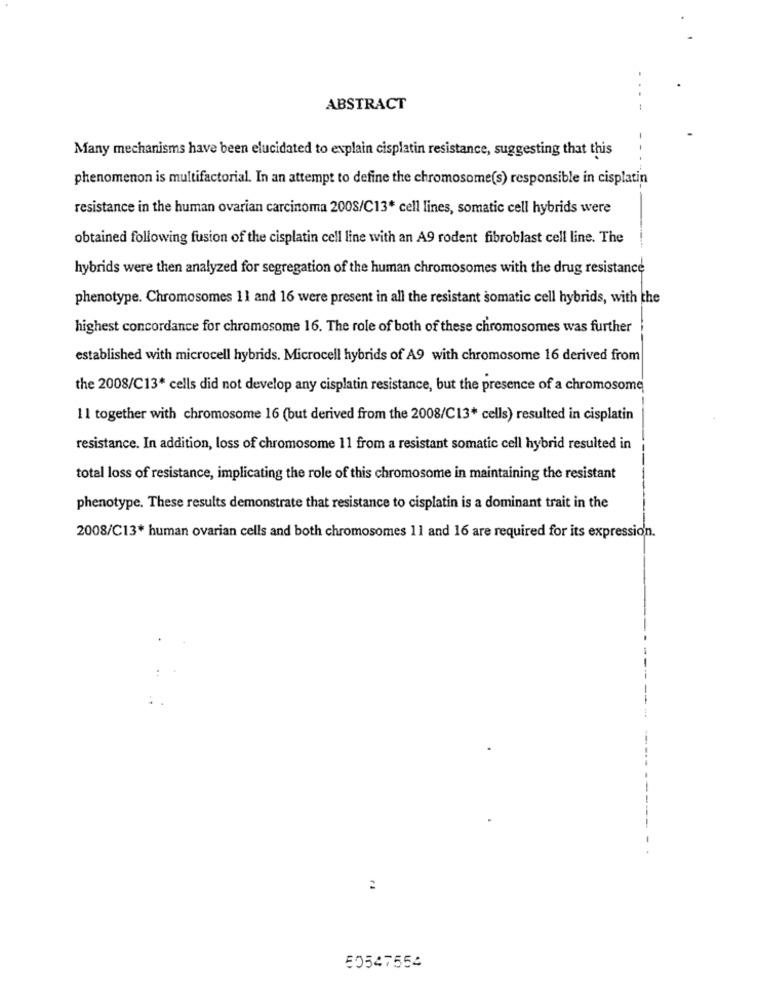
ABSTRACT
Many mechanisms have been elucidated to explain cisplatin resistance, suggesting that this
phenomenon is multifactorial. In an attempt to define the chromosome(s) responsible in cisplatin
resistance in the human ovarian carcinoma 2008/C13* cell lines, somatic cell hybrids were
obtained following fusion of the cisplatin cell line with an A9 rodent fibroblast cell line. The
hybrids were then analyzed for segregation of the human chromosomes with the drug resistance
phenotype. Chromosomes 11 and 16 were present in all the resistant somatic cell hybrids, with the
highest concordance for chromosome 16. The role of both of these chromosomes was further
established with microcell hybrids. Microcell hybrids of A9 with chromosome 16 derived from
the 2008/C13* cells did not develop any cisplatin resistance, but the presence of a chromosome
11 together with chromosome 16 (but derived from the 2008/C13* cells) resulted in cisplatin
resistance. In addition, loss of chromosome 11 from a resistant somatic cell hybrid resulted in
total loss of resistance, implicating the role of this chromosome in maintaining the resistant
phenotype. These results demonstrate that resistance to cisplatin is a dominant trait in the
2008/C13* human ovarian cells and both chromosomes 11 and 16 are required for its expression.
50547554